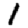
Digit: 1